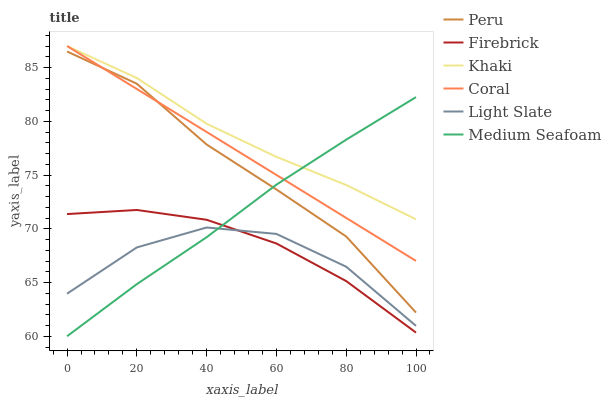
| xaxis_label | Peru | Firebrick | Khaki | Coral | Light Slate | Medium Seafoam |
 | --- | --- | --- | --- | --- | --- | --- |
 | 0 | 86.5 | 71.4 | 87 | 87 | 64 | 60 |
 | 20 | 83.5 | 71.7 | 84 | 83 | 68.3 | 64.8 |
 | 40 | 77.8 | 70.8 | 79.8 | 79 | 70.1 | 69.2 |
 | 60 | 73.7 | 68.6 | 76.7 | 75 | 69.5 | 74.1 |
 | 80 | 69.3 | 65.1 | 74.1 | 71 | 66.5 | 78.3 |
 | 100 | 62.2 | 60.3 | 70.9 | 67 | 61 | 82.2 |